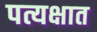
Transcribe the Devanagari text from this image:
पत्यक्षात